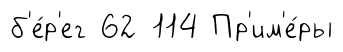
б'е́р'ег 62 114 Пр'им'е́ры